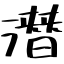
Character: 潛